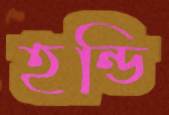
হন্ডি